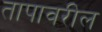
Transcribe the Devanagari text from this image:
तापावरील